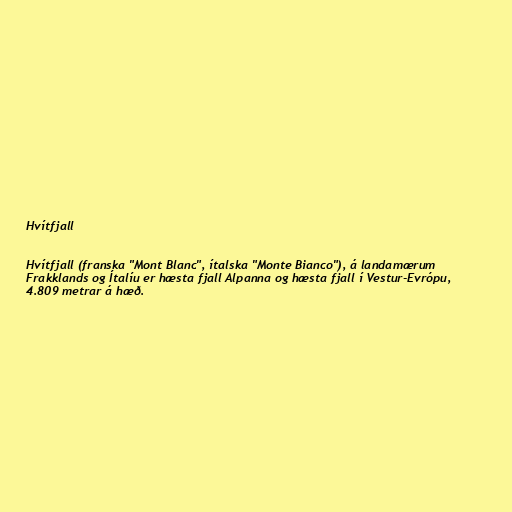
Hvítfjall

Hvítfjall (franska "Mont Blanc", ítalska "Monte Bianco"), á landamærum
Frakklands og Ítalíu er hæsta fjall Alpanna og hæsta fjall í Vestur-Evrópu,
4.809 metrar á hæð.